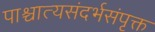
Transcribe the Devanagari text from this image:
पाश्चात्यसंदर्भसंपृक्त